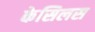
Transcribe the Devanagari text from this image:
केसिलस